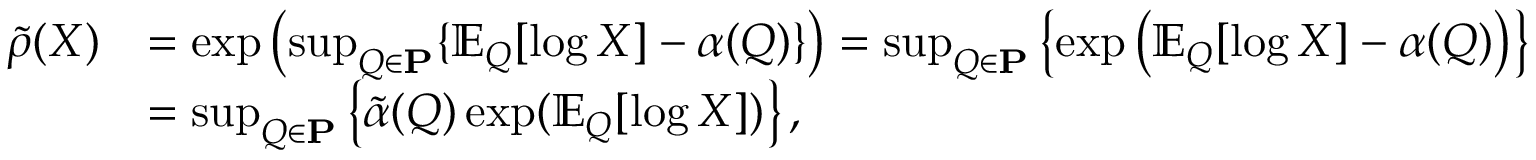
\begin{array} { r l } { \tilde { \rho } ( X ) } & { = \exp \left( \operatorname* { s u p } _ { Q \in \mathbf { P } } \{ \operatorname { \mathbb { E } } _ { Q } [ \log X ] - \alpha ( Q ) \} \right) = \operatorname* { s u p } _ { Q \in \mathbf { P } } \left\{ \exp \left( \operatorname { \mathbb { E } } _ { Q } [ \log X ] - \alpha ( Q ) \right) \right\} } \\ & { = \operatorname* { s u p } _ { Q \in \mathbf { P } } \left\{ \tilde { \alpha } ( Q ) \exp ( \operatorname { \mathbb { E } } _ { Q } [ \log X ] ) \right\} , } \end{array}